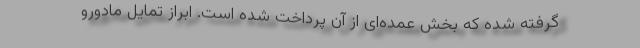
گرفته شده که بخش عمده‌ای از آن پرداخت شده است. ابراز تمایل مادورو